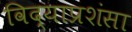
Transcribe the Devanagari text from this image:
विद्याप्रशंसा